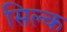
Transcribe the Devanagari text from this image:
सिल्‍क